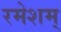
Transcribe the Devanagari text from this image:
रमेशम्